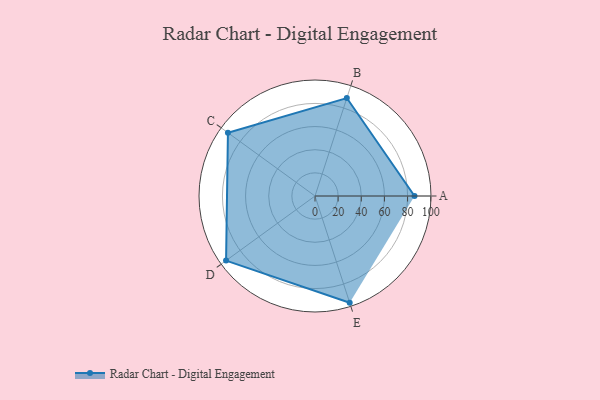
{"axis": {"x": "Skill", "y": "Score"}, "legend": ["Profile"], "data": [{"x": "A", "y": 86.0, "type": "Profile"}, {"x": "B", "y": 89.0, "type": "Profile"}, {"x": "C", "y": 93.0, "type": "Profile"}, {"x": "D", "y": 95.0, "type": "Profile"}, {"x": "E", "y": 97.0, "type": "Profile"}]}